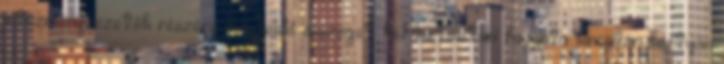
intézményvezetők részére megfelelő összeget kell biztosítani havonta kincstári kártyán